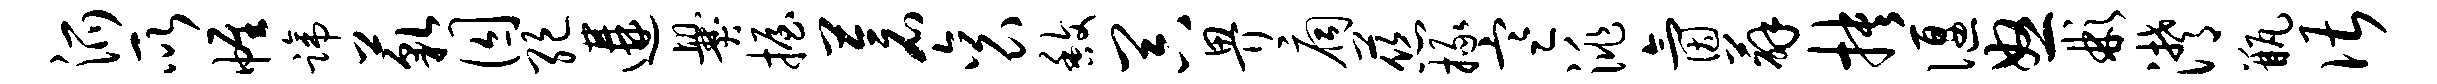
派所帷蹄藐囚绝遘爨握苍衮馥器畀扃慈掾寒洮氤薜抉偃怒彬潸瓶谌